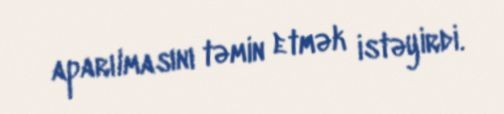
aparılmasını təmin etmək istəyirdi.